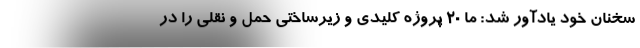
سخنان خود یادآور شد: ما ۲۰ پروژه کلیدی و زیرساختی حمل ‌و نقلی را در